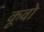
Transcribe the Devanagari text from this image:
कूवो